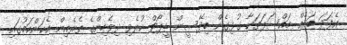
އެފަދަ ބައެއް މައްސަލަތަކާ ގުޅިގެން ބިދޭސީން ޑީޕޯޓް ކުރެވި ދިވެހިންގެ ތެރެއިން އެކަންކަމުގައި